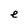
Character: e